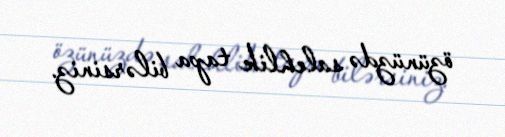
özünüzdə salehlik tapa bilərsiniz.